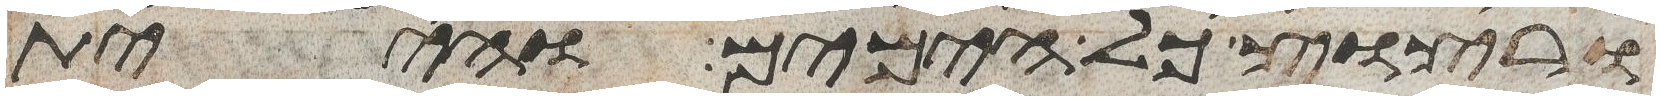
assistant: ורצוץ כל הימים והיית